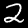
Label: 2